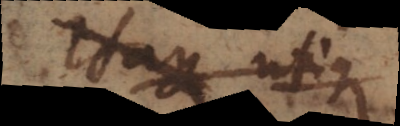
Itaque utique